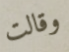
وقالت